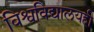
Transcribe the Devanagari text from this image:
विश्वविद्यालयही